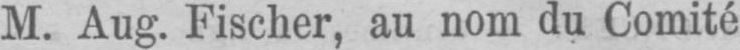
M. Aug. Fischer, au nom du Comité